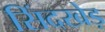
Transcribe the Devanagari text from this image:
सिंदखेड़